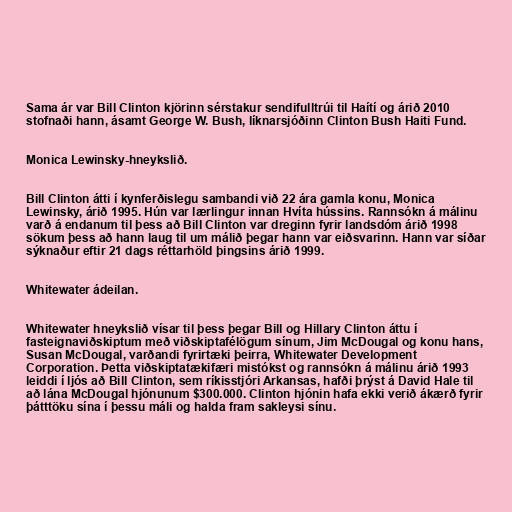
Sama ár var Bill Clinton kjörinn sérstakur sendifulltrúi til Haítí og árið 2010
stofnaði hann, ásamt George W. Bush, líknarsjóðinn Clinton Bush Haiti Fund.

Monica Lewinsky-hneykslið.

Bill Clinton átti í kynferðislegu sambandi við 22 ára gamla konu, Monica
Lewinsky, árið 1995. Hún var lærlingur innan Hvíta hússins. Rannsókn á málinu
varð á endanum til þess að Bill Clinton var dreginn fyrir landsdóm árið 1998
sökum þess að hann laug til um málið þegar hann var eiðsvarinn. Hann var síðar
sýknaður eftir 21 dags réttarhöld þingsins árið 1999.

Whitewater ádeilan.

Whitewater hneykslið vísar til þess þegar Bill og Hillary Clinton áttu í
fasteignaviðskiptum með viðskiptafélögum sínum, Jim McDougal og konu hans,
Susan McDougal, varðandi fyrirtæki þeirra, Whitewater Development
Corporation. Þetta viðskiptatækifæri mistókst og rannsókn á málinu árið 1993
leiddi í ljós að Bill Clinton, sem ríkisstjóri Arkansas, hafði þrýst á David Hale til
að lána McDougal hjónunum $300.000. Clinton hjónin hafa ekki verið ákærð fyrir
þátttöku sína í þessu máli og halda fram sakleysi sínu.